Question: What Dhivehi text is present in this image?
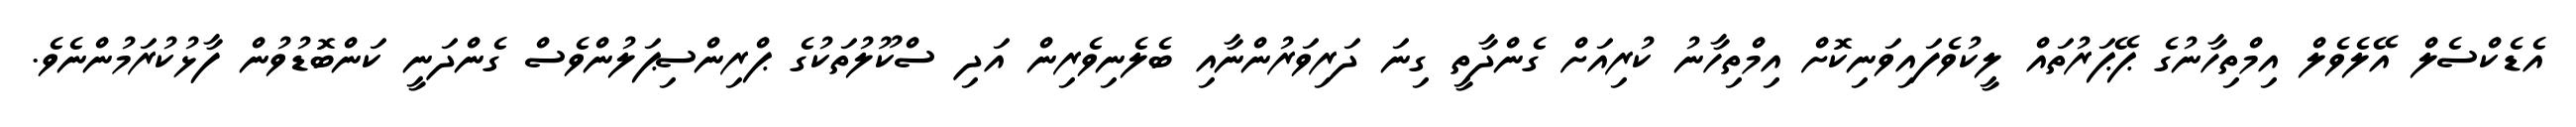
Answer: އެޑެކްސެލް އޭލެވެލް އިމްތިހާނުގެ ޕޭޕަރުތައް ލީކުވެފައިވަނިކޮށް އިމްތިހާނު ކުރިއަށް ގެންދާތީ ގިނަ ދަރިވަރުންނާއި ބެލެނިވެރިން އަދި ސްކޫލުތަކުގެ ޕްރިންސިޕަލުންވެސް ގެންދަނީ ކަންބޮޑުވުން ފާޅުކުރަމުންނެވެ.